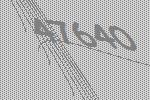
47640